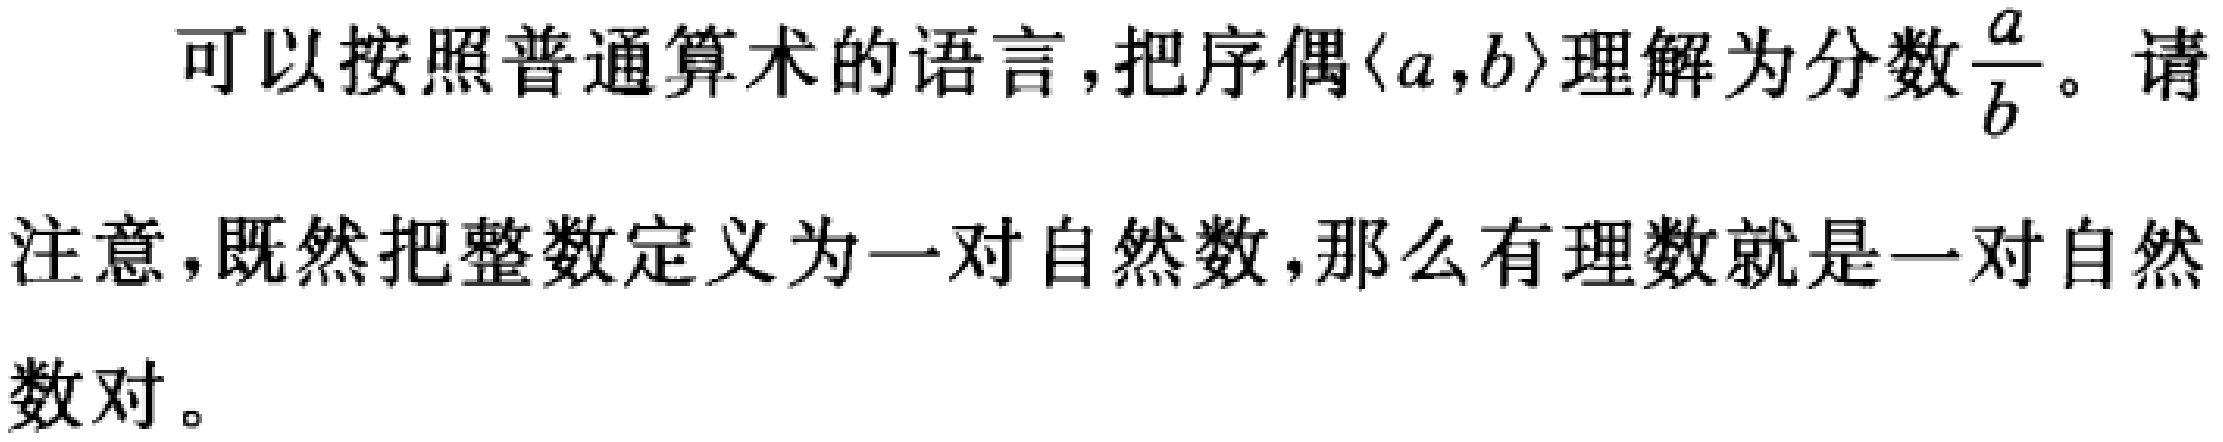
可以按照普通算术的语言，把序偶$\langle a,b\rangle$理解为分数$\frac{a}{b}$。请注意，既然把整数定义为一对自然数，那么有理数就是一对自然数对。